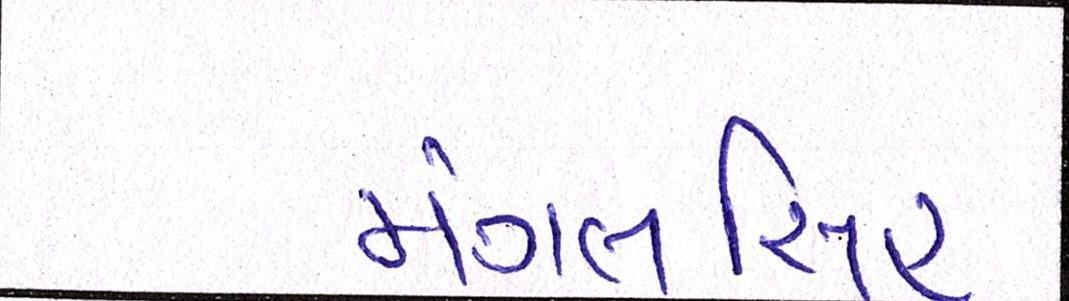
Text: મંગલસિંહ